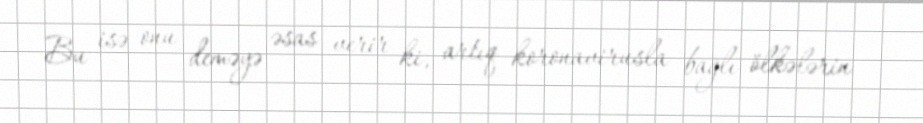
Bu isə onu deməyə əsas verir ki, artıq koronavirusla bağlı ölkələrin